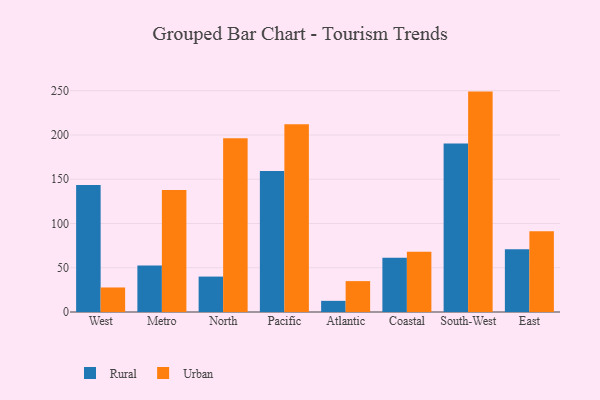
{"axis": {"x": "Region", "y": "Satisfaction Score"}, "legend": ["Rural", "Urban"], "data": [{"x": "West", "y": 143.6, "type": "Rural"}, {"x": "West", "y": 27.7, "type": "Urban"}, {"x": "Metro", "y": 52.5, "type": "Rural"}, {"x": "Metro", "y": 137.8, "type": "Urban"}, {"x": "North", "y": 40.0, "type": "Rural"}, {"x": "North", "y": 196.2, "type": "Urban"}, {"x": "Pacific", "y": 159.2, "type": "Rural"}, {"x": "Pacific", "y": 212.1, "type": "Urban"}, {"x": "Atlantic", "y": 12.6, "type": "Rural"}, {"x": "Atlantic", "y": 34.9, "type": "Urban"}, {"x": "Coastal", "y": 61.2, "type": "Rural"}, {"x": "Coastal", "y": 68.2, "type": "Urban"}, {"x": "South-West", "y": 190.3, "type": "Rural"}, {"x": "South-West", "y": 249.0, "type": "Urban"}, {"x": "East", "y": 71.0, "type": "Rural"}, {"x": "East", "y": 91.3, "type": "Urban"}]}